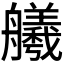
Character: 𫇢